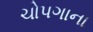
ચોપગાના